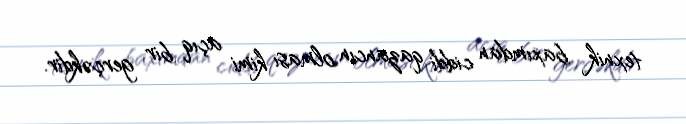
texnik baxımdan ciddi qazancın olması kimi açıq bir gerçəkdir.